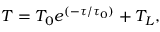
T = T _ { 0 } e ^ { ( - \tau / \tau _ { 0 } ) } + T _ { L } ,